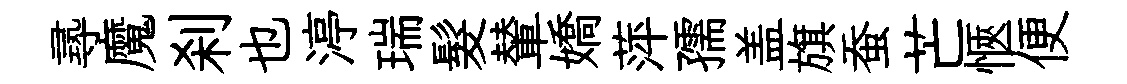
𡬶魔刹也渟瑞髮輦嬌萍孺盖旗蚕芒愜便